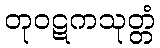
တုဝဋကသုတ္တံ